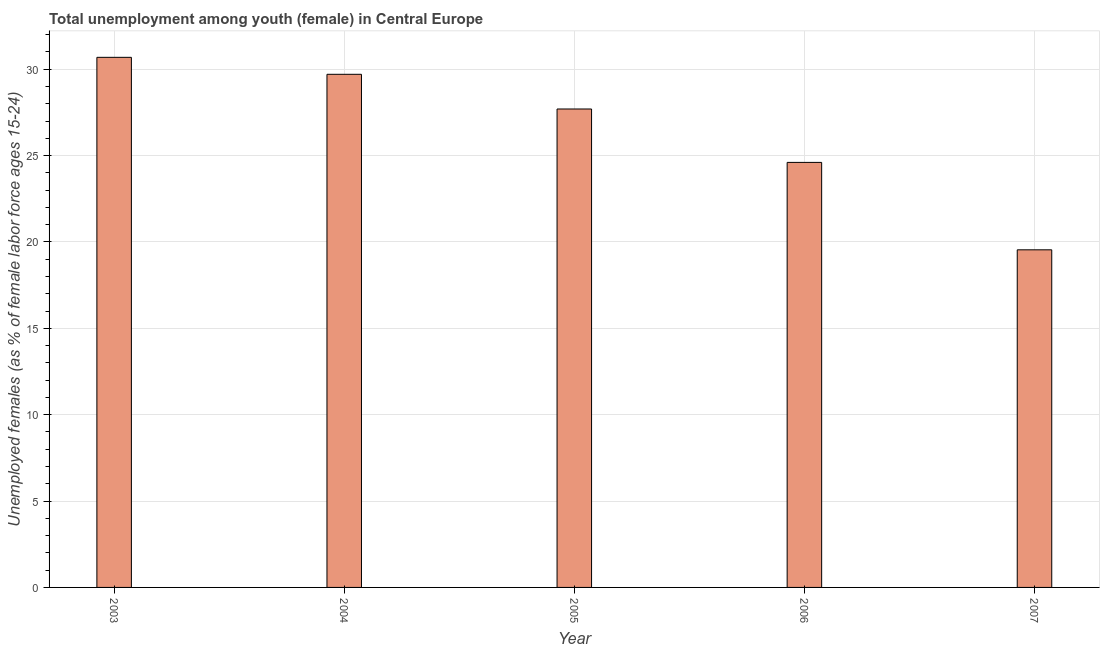
| Year | Unemployment |
 | --- | --- |
 | 2003 | 30.7 |
 | 2004 | 29.7 |
 | 2005 | 27.7 |
 | 2006 | 24.6 |
 | 2007 | 19.5 |